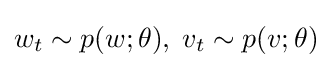
w_{t}\sim p(w;\theta ),\;v_{t}\sim p(v;\theta )